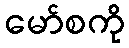
မော်စကို